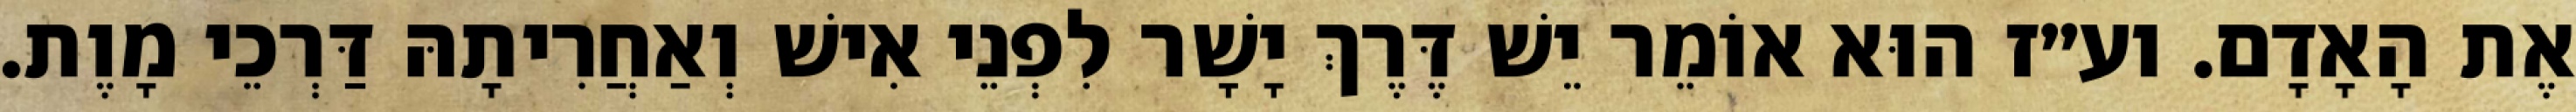
אֶת הָאָדָם. וע״ז הוּא אוֹמֵר יֵשׁ דֶּרֶךְ יָשָׁר לִפְנֵי אִישׁ וְאַחֲרִיתָהּ דַּרְכֵי מָוֶת.